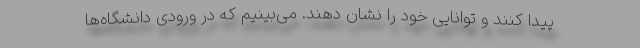
پیدا کنند و توانایی خود را نشان دهند. می‌بینیم که در ورودی دانشگاه‌ها